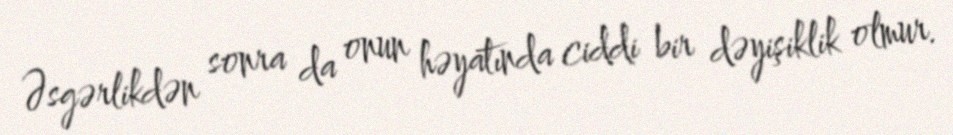
Əsgərlikdən sonra da onun həyatında ciddi bir dəyişiklik olmur.